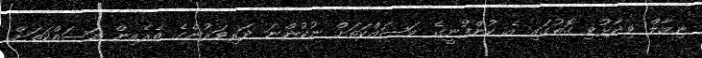
ނިމާލް ވިދާޅުވި ގޮތުގައި އެ ކުންފުނީގެ މަސައްކަތަށް ނުކުންނަ ދަރިވަރުންގެ ތެރެއިން މަސައްކަތަށް